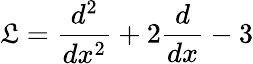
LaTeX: \mathfrak{L}={\frac{{d^{2}}}{{dx^{2}}}}+2{\frac{{d}}{{dx}}}-3